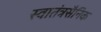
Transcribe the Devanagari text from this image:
स्वातंत्रसैनिक